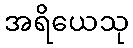
အရိယေသု